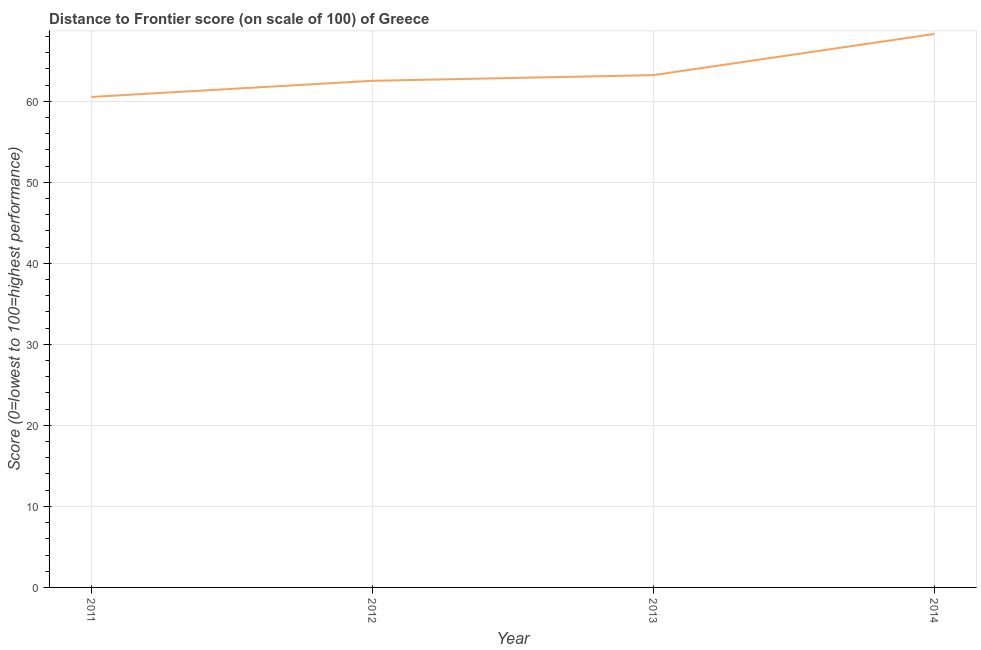
| Year | Distance to frontier score |
 | --- | --- |
 | 2011 | 60.5 |
 | 2012 | 62.5 |
 | 2013 | 63.2 |
 | 2014 | 68.3 |